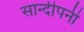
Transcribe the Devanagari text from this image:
सान्दीपनी